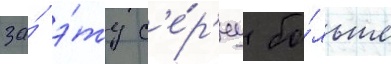
за́ э́ту с'е́р'иу бо́льше